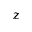
z